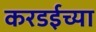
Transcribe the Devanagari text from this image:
करडईच्या